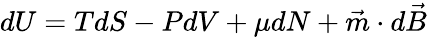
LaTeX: dU=TdS-PdV+\mu dN+\vec{m}\cdot d\vec{B}